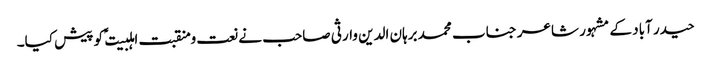
حیدر آباد کے مشہور شاعر جناب محمد برہان الدین وارثی صاحب نے نعت و منقبت اہلبیت ؑ کو پیش کیا۔